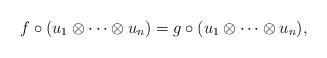
LaTeX: \begin{align*}f\circ (u_1\otimes\dots\otimes u_n)=g\circ (u_1\otimes\dots\otimes u_n),\end{align*}